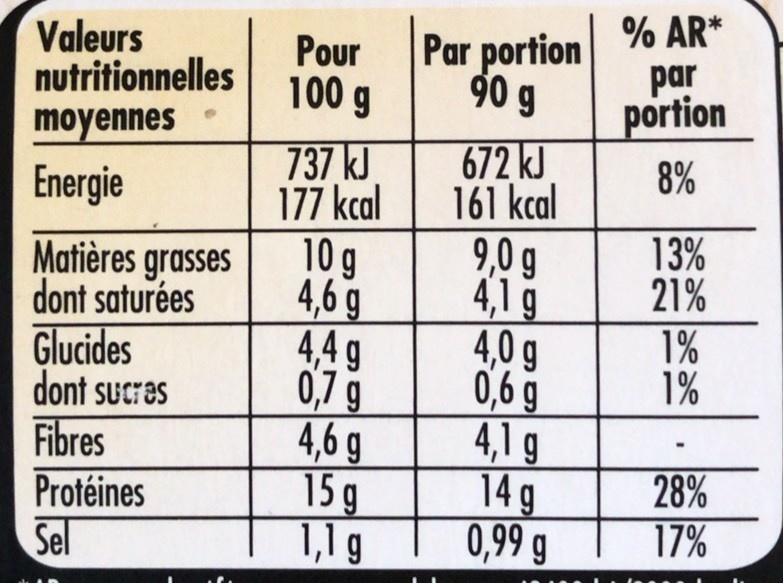
% AR*
Valeurs nutritionnelles moyennes
Par portion par
Pour
100 g
go g
portion
672 kJ 161 kcal 9,0 g 4,1 g 4,0 g 0,6 g 4,1 g 14 g 0,99 g
737 kJ 177 kcal 10 g
8%
Energie
13% 21% 1% 1%
dont saturées Glucides dont sucres Fibres Protéines Sel
Matières grasses 4,6 g 4,4 g 0,7 g 4,6 g 15 g 1,1 g
28% 17%